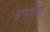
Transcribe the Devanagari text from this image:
बनायेंगा